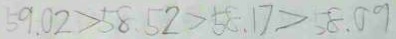
5 9 . 0 2 > 5 8 . 5 2 > 5 8 . 1 7 > 5 8 . 0 9